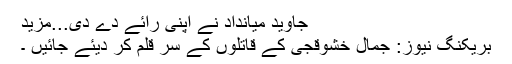
جاوید میانداد نے اپنی رائے دے دی...مزید
بریکنگ نیوز: جمال خشوقجی کے قاتلوں کے سر قلم کر دیئے جائیں ۔